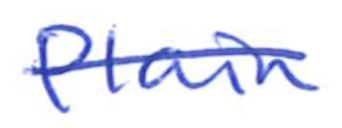
Text: Plain
Cross-out: single-line
Writing tool: ballpoint